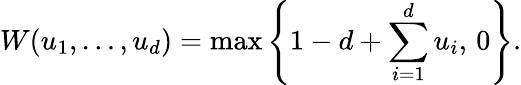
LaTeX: W(u_{1},\ldots,u_{d})=\operatorname*{max}\left\{ 1-d+\sum_{i=1}^{d}{u_{i}},\, 0\right\} .